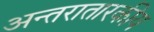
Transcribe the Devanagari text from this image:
अन्तरातारकीय